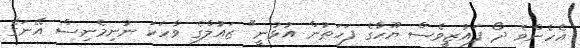
އެހެންވެ ދޯ ފައުޒީވެސް ޔޫހާގެ ފަހަތުން އުޅުނީ" ޒައުލްގެ ވާހަކަ ނުނިމެނިސް އޭނަގެ